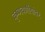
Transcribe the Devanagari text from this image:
कृष्णवर्णीयांवर